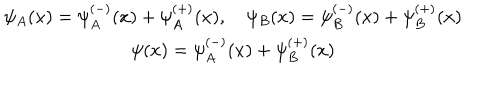
\begin{array} { c } { { \psi _ { A } ( x ) = \psi _ { A } ^ { \left( - \right) } ( x ) + \psi _ { A } ^ { \left( + \right) } ( x ) , \quad \psi _ { B } ( x ) = \psi _ { B } ^ { \left( - \right) } ( x ) + \psi _ { B } ^ { \left( + \right) } ( x ) } } \\ { { \psi ( x ) = \psi _ { A } ^ { \left( - \right) } ( x ) + \psi _ { B } ^ { \left( + \right) } ( x ) } } \\ \end{array}